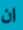
ان